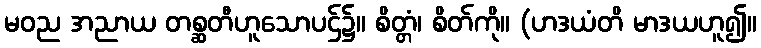
မဝည အညာယ တစ္ဆတီဟူသောပဌ်၌။ စိတ္တံ၊ စိတ်ကို။ (ဟဒယံတိ မာဒယဟူ၍။